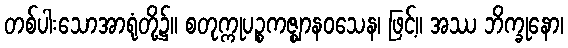
တစ်ပါးသောအာရုံတို့၌။ စတုက္ကုပဉ္စကဇ္ဈာနဝသေန၊ ဖြင့်။ အဿ ဘိက္ခုနော၊